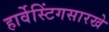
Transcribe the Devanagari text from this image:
हार्वेस्टिंगसारखे